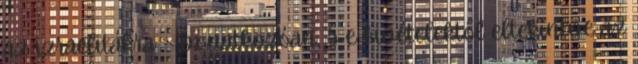
az izraelitákra – vonatkozóan, s e kivételektől eltekintve az